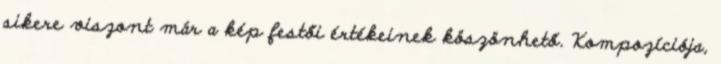
sikere viszont már a kép festői értékeinek köszönhető. Kompozíciója,